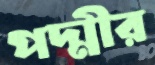
পদ্মীর